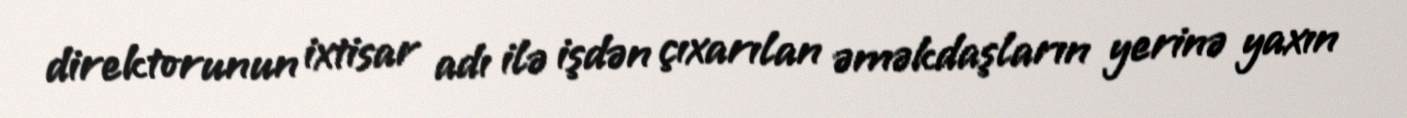
direktorunun ixtisar adı ilə işdən çıxarılan əməkdaşların yerinə yaxın